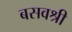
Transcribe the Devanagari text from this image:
बसवश्री